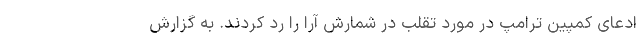
ادعای کمپین ترامپ در مورد تقلب در شمارش آرا را رد کردند. به گزارش